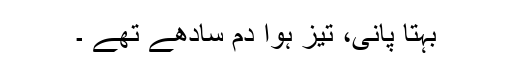
بہتا پانی، تیز ہوا دم سادھے تھے ۔